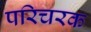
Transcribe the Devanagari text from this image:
परिचरक